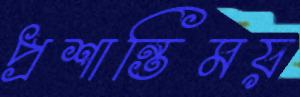
প্রশান্তিময়